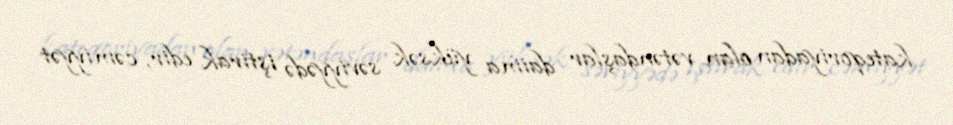
kateqoriyadan olan vətəndaşlar daima yüksək səviyyədə iştirak edir, cəmiyyət